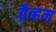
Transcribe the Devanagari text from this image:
ब्रैब्हम